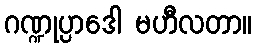
ဂဏ္ဍုပ္ပာဒေါ မဟီလတာ။